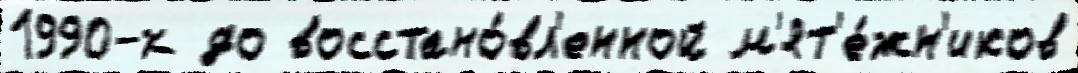
1990-х до восстано́вл'енной м'ят'е́жн'иков